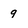
Character: 9